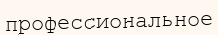
профессиональное